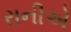
રાનીએ